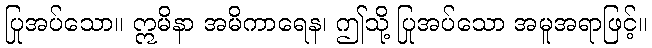
ပြုအပ်သော။ ဣမိနာ အမိကာရေန၊ ဤသို့ ပြုအပ်သော အမူအရာဖြင့်။